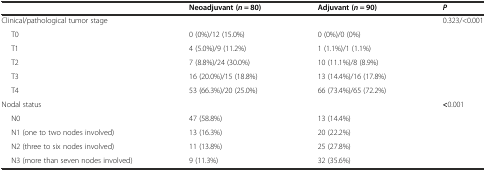
<table><thead><tr><td></td><td><b>Neoadjuvant (<i>n</i> = 80)</b></td><td><b>Adjuvant (<i>n</i> = 90)</b></td><td><b><i>P</i></b></td></tr></thead><tbody><tr><td colspan="3">Clinical/pathological tumor stage</td><td>0.323/&lt;0.001</td></tr><tr><td>T0</td><td>0 (0%)/12 (15.0%)</td><td>0 (0%)/0 (0%)</td><td></td></tr><tr><td>T1</td><td>4 (5.0%)/9 (11.2%)</td><td>1 (1.1%)/1 (1.1%)</td><td></td></tr><tr><td>T2</td><td>7 (8.8%)/24 (30.0%)</td><td>10 (11.1%)/8 (8.9%)</td><td></td></tr><tr><td>T3</td><td>16 (20.0%)/15 (18.8%)</td><td>13 (14.4%)/16 (17.8%)</td><td></td></tr><tr><td>T4</td><td>53 (66.3%)/20 (25.0%)</td><td>66 (73.4%)/65 (72.2%)</td><td></td></tr><tr><td colspan="3">Nodal status</td><td><b>&lt;</b>0.001</td></tr><tr><td>N0</td><td>47 (58.8%)</td><td>13 (14.4%)</td><td></td></tr><tr><td>N1 (one to two nodes involved)</td><td>13 (16.3%)</td><td>20 (22.2%)</td><td></td></tr><tr><td>N2 (three to six nodes involved)</td><td>11 (13.8%)</td><td>25 (27.8%)</td><td></td></tr><tr><td>N3 (more than seven nodes involved)</td><td>9 (11.3%)</td><td>32 (35.6%)</td><td></td></tr></tbody></table>